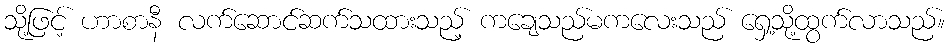
သို့ဖြင့် ဟာစာနီ လက်ဆောင်ဆက်သထားသည့် ကချေသည်မကလေးသည် ရှေ့သို့ထွက်လာသည်။